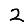
Digit: 2